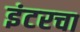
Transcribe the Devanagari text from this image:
इंटरचा